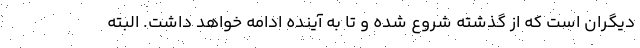
دیگران است که از گذشته شروع شده و تا به آینده ادامه خواهد داشت. البته